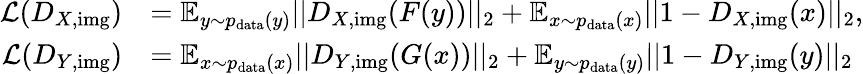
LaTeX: \begin{array}{rl}{\mathcal{L}(D_{X,\mathrm{img}})}&{=\mathbb{E}_{y\sim p_{\mathrm{data}}(y)}||D_{X,\mathrm{img}}(F(y))||_{2}+\mathbb{E}_{x\sim p_{\mathrm{data}}(x)}||1-D_{X,\mathrm{img}}(x)||_{2},}\\ {\mathcal{L}(D_{Y,\mathrm{img}})}&{=\mathbb{E}_{x\sim p_{\mathrm{data}}(x)}||D_{Y,\mathrm{img}}(G(x))||_{2}+\mathbb{E}_{y\sim p_{\mathrm{data}}(y)}||1-D_{Y,\mathrm{img}}(y)||_{2}}\end{array}